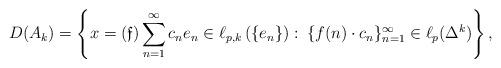
LaTeX: \begin{align*} D(A_k)=\left\{x= (\mathfrak{f})\sum\limits_{n=1}^{\infty} c_{n} e_n \in \ell_{p,k}\left(\{e_n\}\right):\: \{f(n) \cdot c_{n}\}_{n=1}^{\infty}\in \ell_p(\Delta^k)\right\},\end{align*}